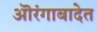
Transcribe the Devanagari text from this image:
ऒरंगाबादेत